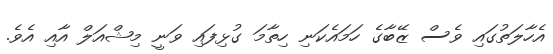
އެހާލަތުގައި ވެސް ޒޭބާގެ ހަމައެކަނި ހިތާމަ ގުޅިފައި ވަނީ މިޝްއަލް އާއި އެވެ.